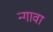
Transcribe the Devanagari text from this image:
न्गावा